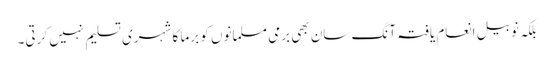
بلکہ نوبیل انعام یافتہ آنگ سان بھی برمی مسلمانوں کو برما کا شہری تسلیم نہیں کرتی۔